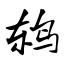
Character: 鸫